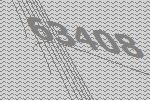
63408